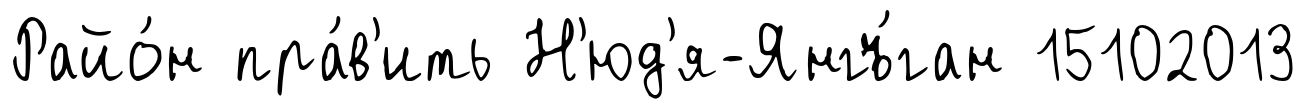
Райо́н пра́в'ить Н'юд'я-Янгъ́ган 15102013